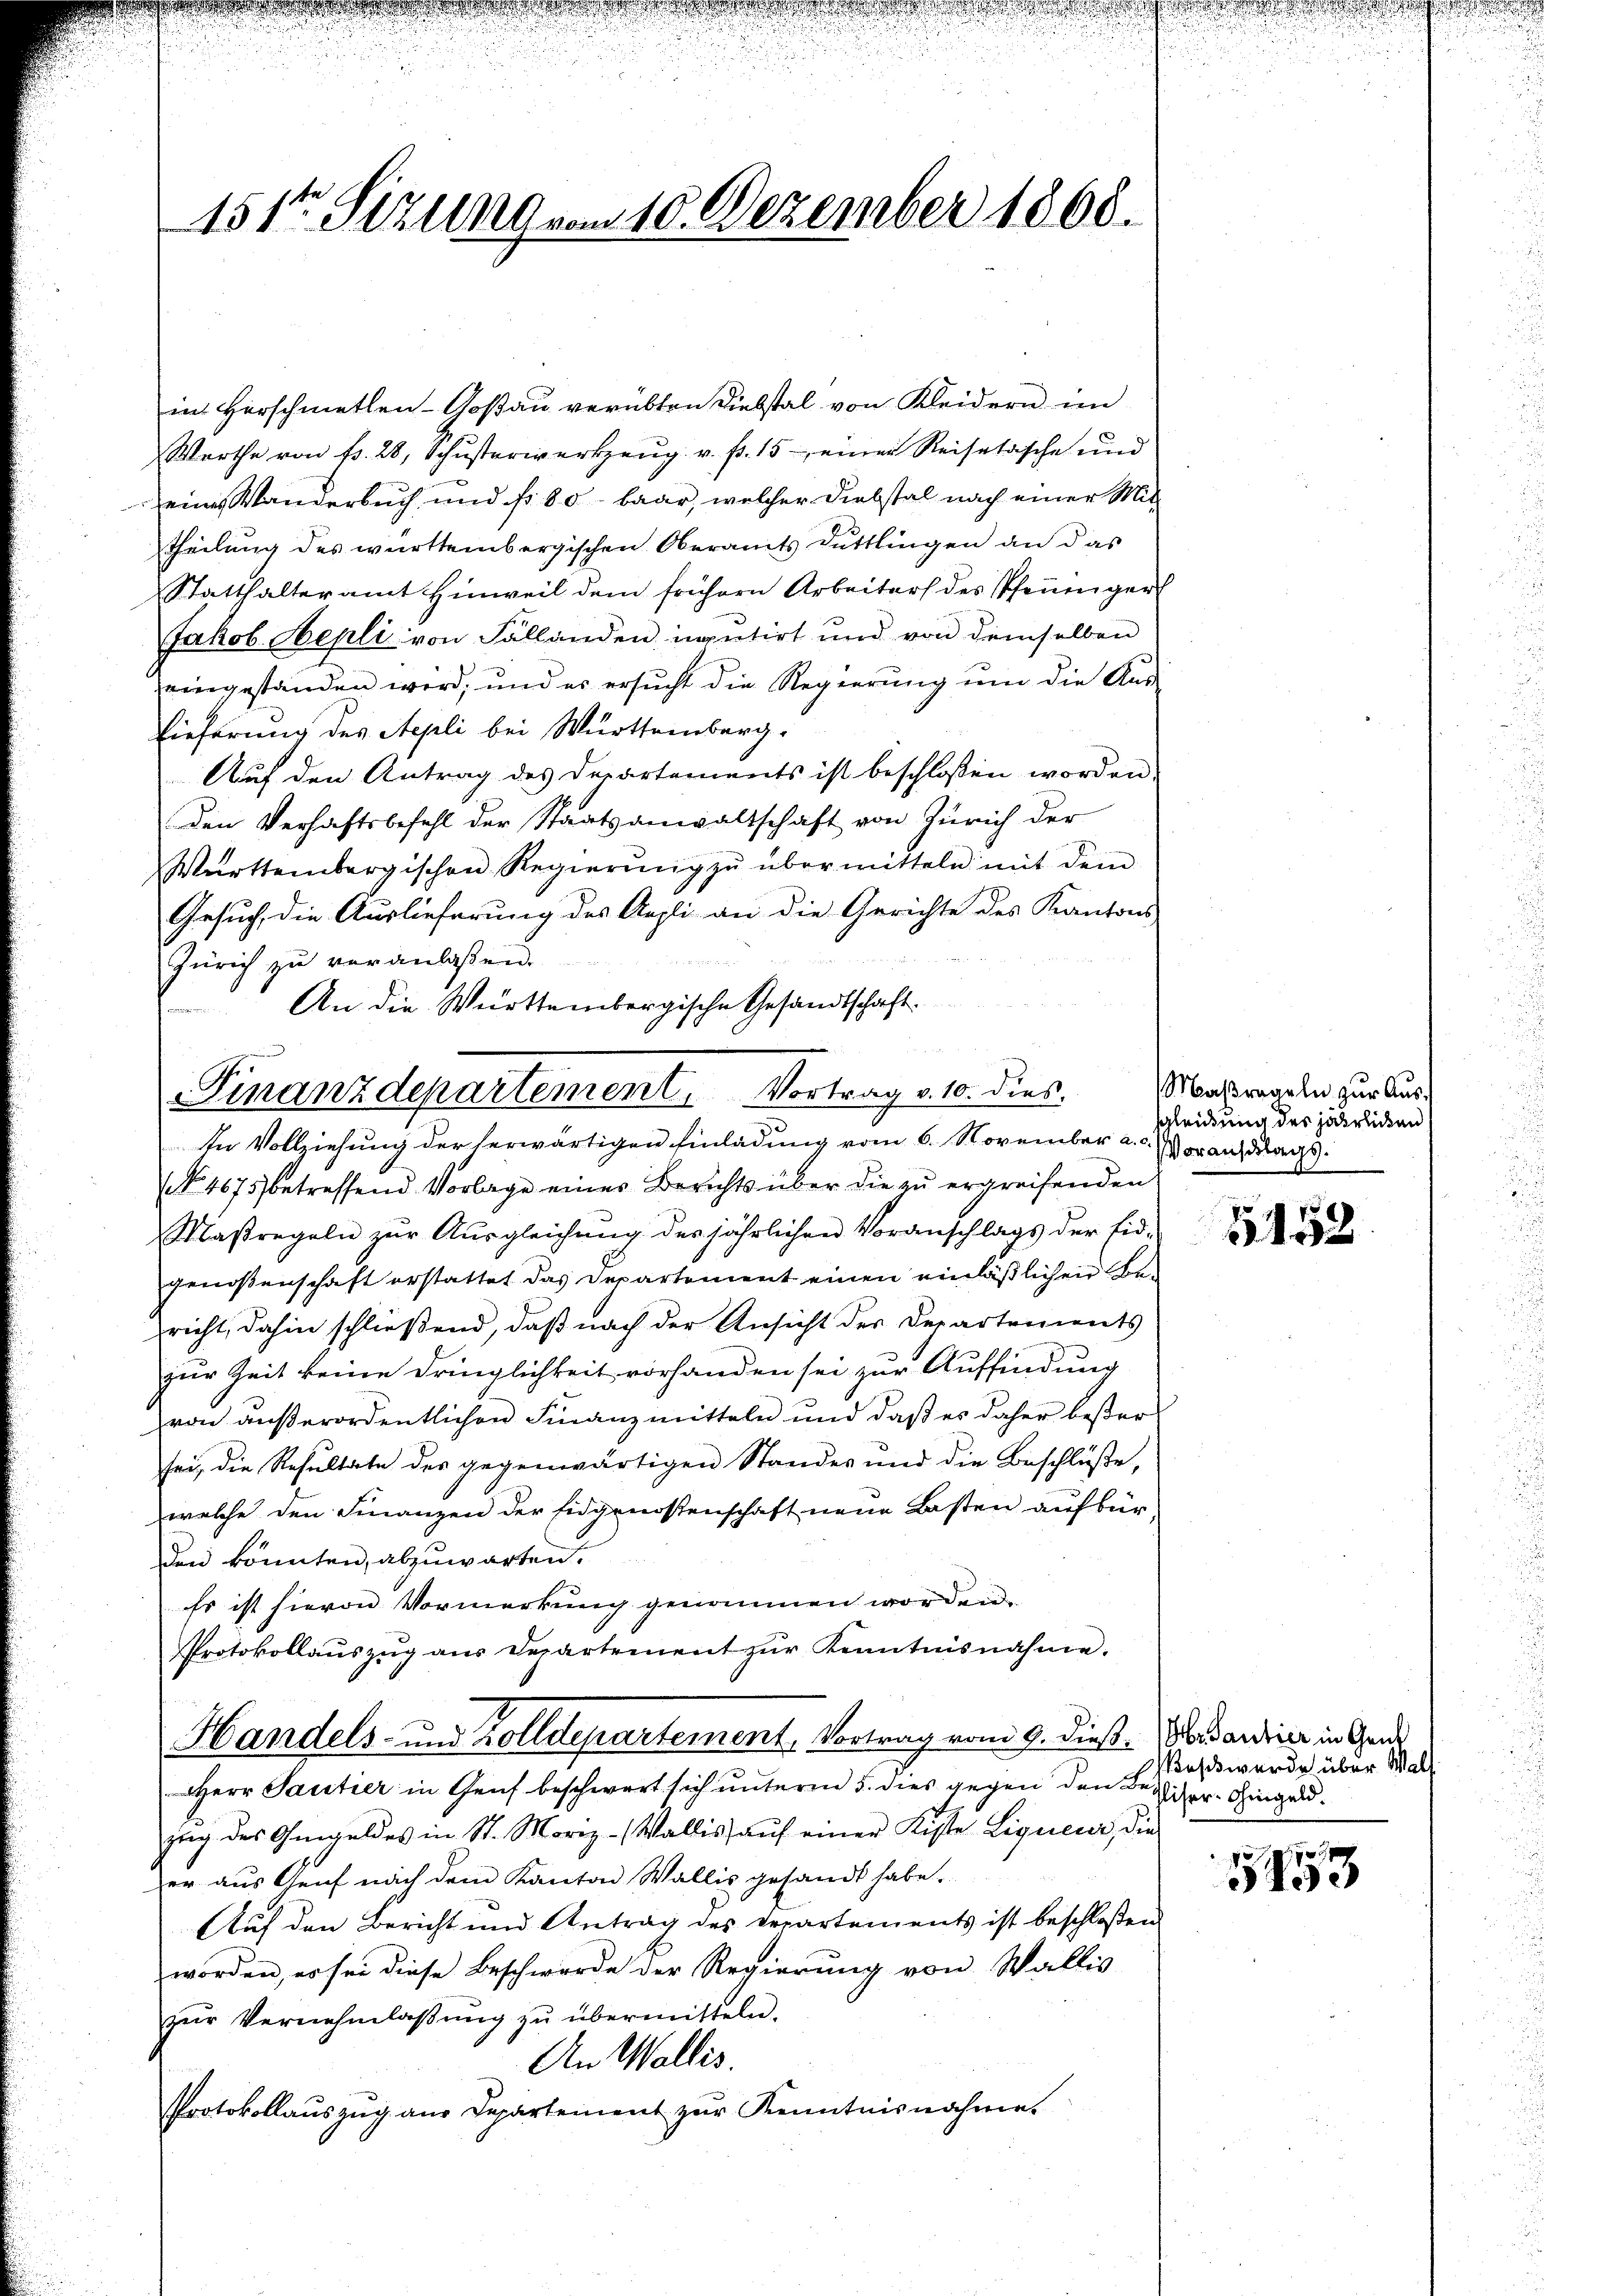
.

e

151ten Sizung vom 10. Dezember 1868.

in Horschmetten-Goßau verübten Diebstal von Kleidern im
Worthe von fr. 28, Schŭsterwerkzeŭg. v. fr. 15 einen Reisetasche und
eines Wanderbuch und fr. 80 baar, welcher Diebstal nach einer Mit-
theilung des württembergischen Oberamts Duttlingen an das
Statthalteramt Hinweil dem frühern Arbeiters des Pfenniger
Jakob Hepli von Fällanden, imputirt und von demselben
eingestanden wird, und es ersucht die Regierung um die Aus-
Lieferung des Stepli bei Württemberg.
Auf den Antrag des Departements ist beschlossen worden.
Den Verhaftsbefehl der Staatsanwaltschaft von Zürich der
Württembergischen Regierŭng zŭ übermitteln mit dem
Gesuch die Auslieferung des Argli an die Gerichte des Kantons
Zürich zu veranlaßen.
An die Württembergische Gesandtschaft.

Finanzdepartement. Vortrag v. 10. dies

In Vollziehung der herwärtigen Einladung vom 6. November a. Voraussag
No. 4675 betreffend Vorlage einer Berichts über die zu ergreifenden
Maßregeln zŭr Aŭsgleichŭng des jährlichen Voranschlags der Eid-
genoßenschaft erstattet das Departement einen einläßlichen Bericht, dahin schließend, daß nach der Ansicht der Departements
zur Zeit keine Dringlichkeit vorhanden sei zur Auffindung
von außerordentlichen Finanzmitteln und daß es daher beßer
sei, die Resultate des gegenwärtigen Standes und die Beschlüße,
welche den Finanzen der Eidgenossenschaft neue Lasten aufbür-
den könnten, abzuwarten.
Es ist hievon Vormerkung genommen worden.
Protokollauszug aus Departement zur Kenntnisnahme.
Handels- und Zolldepartement. Vortrag vom 9. dieß, Verdarrier in Gene
Herr Sacitier in Genf beschwert sich unterm 5. dies gegen den Bezier-Gingeldzŭg des Angeldes in St. Moriz - Wallis aŭf einer Kiste Liquieur, die
er aus Genf nach dem Kanton Wallis gesandt habe.
Auf den Bericht und Antrag des Departements ist beschloßen
worden, es sei diese Beschwerde der Regierung von Wallis
zŭr Vernehmlassŭng zŭ übermitteln.
An Wallis.
Protokollaŭszŭg aŭs Departement zŭr Kenntnisnahme.

Maßregeln zur Aussgleichung der jährlichen

5452

ass werde über Walt

n

1853

.